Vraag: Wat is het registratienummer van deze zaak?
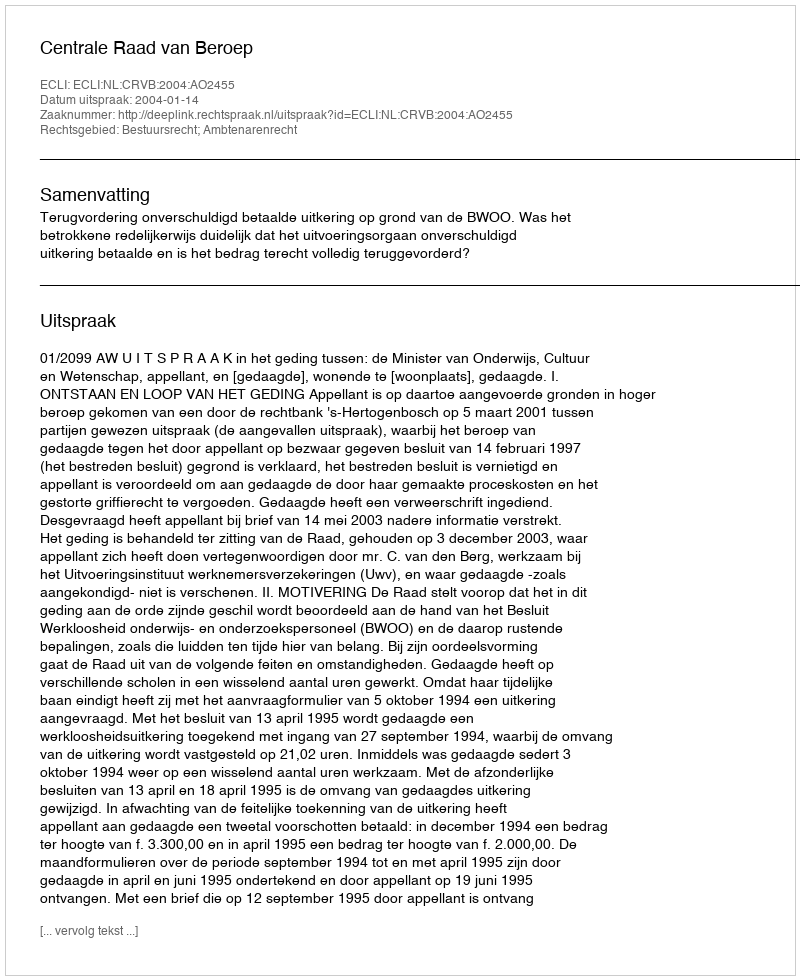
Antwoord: http://deeplink.rechtspraak.nl/uitspraak?id=ECLI:NL:CRVB:2004:AO2455